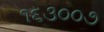
૧૬૩૦૦૭